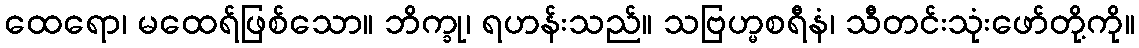
ထေရော၊ မထေရ်ဖြစ်သော။ ဘိက္ခု၊ ရဟန်းသည်။ သဗြဟ္မစရီနံ၊ သီတင်းသုံးဖော်တို့ကို။